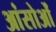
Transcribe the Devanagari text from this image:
आंसोओं